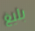
بليغ